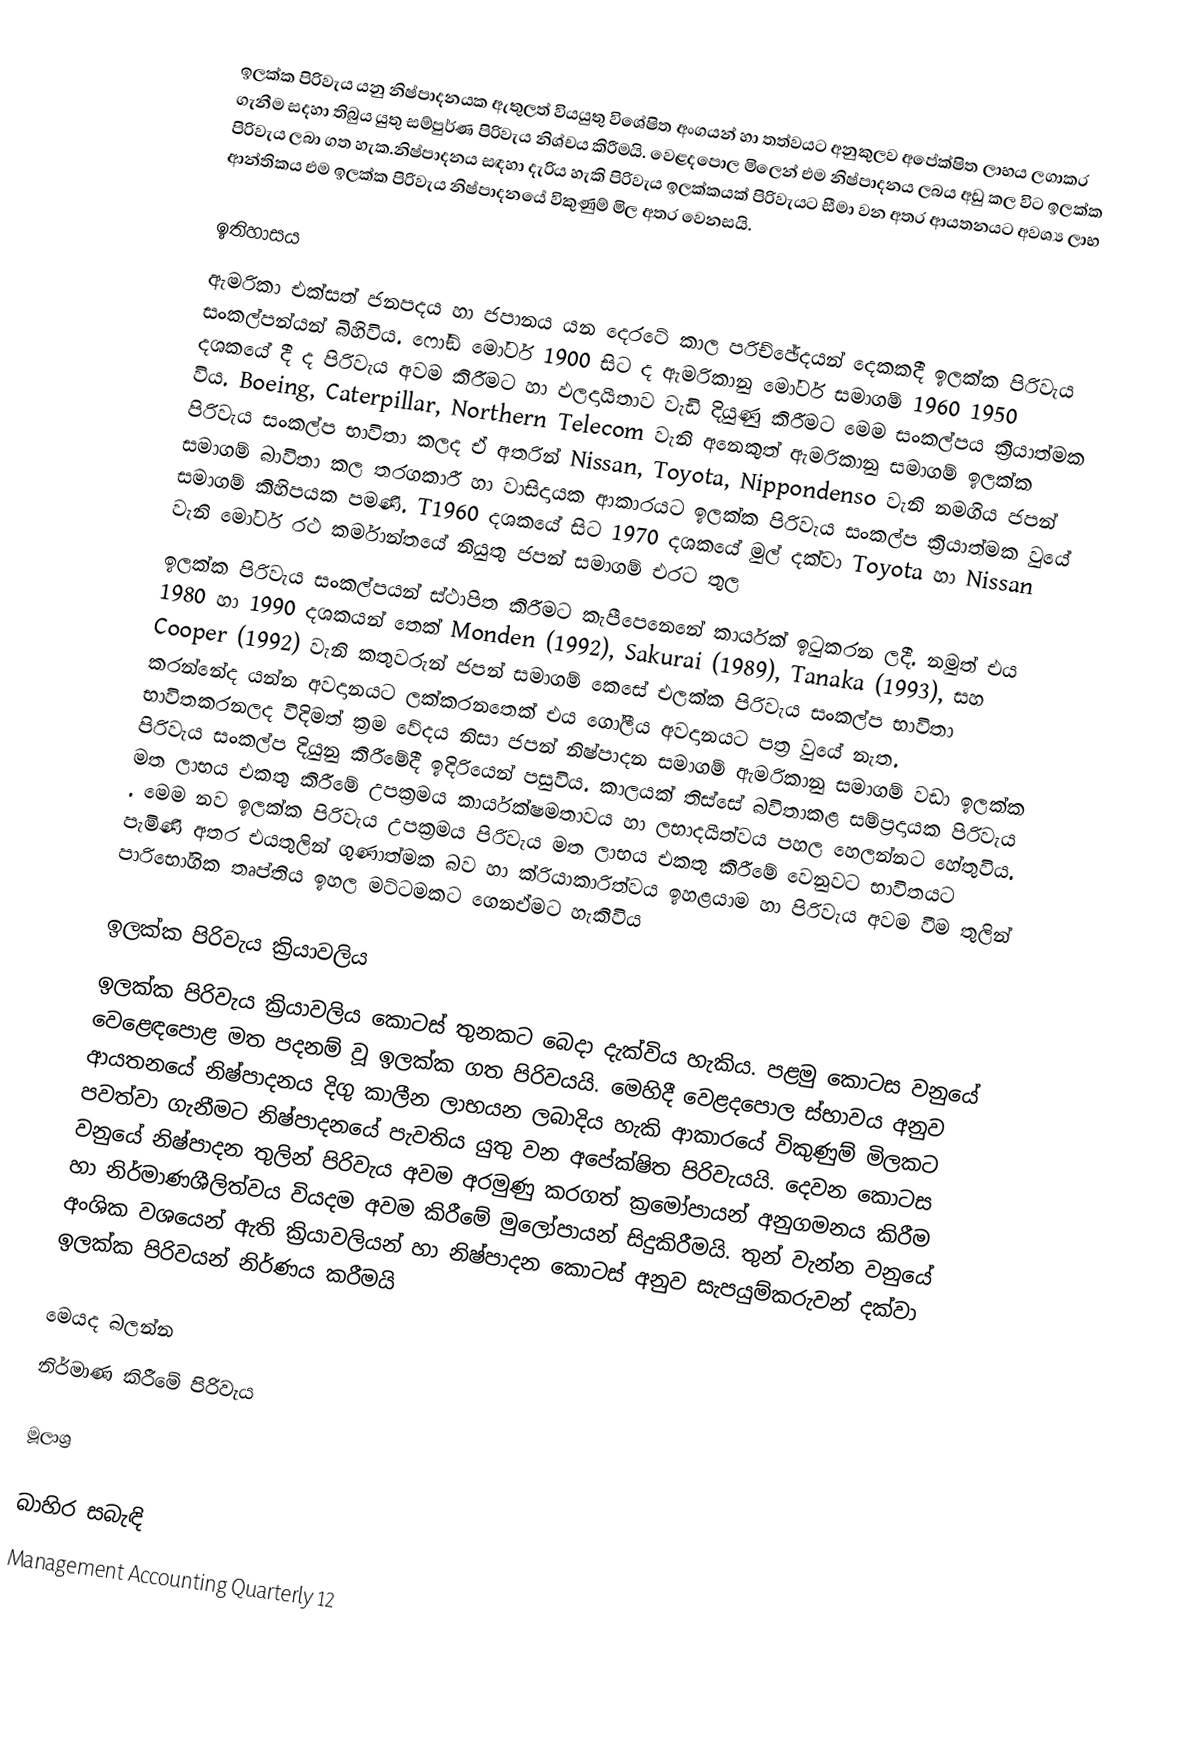
ඉලක්ක පිරිවැය යනු නිෂ්පාදනයක ඇතුලත් වියයුතු විශේෂිත අංගයන් හා තත්වයට අනුකුලව අපේක්ෂිත ලාභය ලගාකර ගැනීම සදහා තිබුය යුතු සම්පුර්ණ පිරිවැය නිශ්චය කිරීමයි. වෙළදපොල මිලෙන් එම නිෂ්පාදනය ලබය අඩු කල විට ඉලක්ක පිරිවැය ලබා ගත හැක.නිෂ්පාදනය සඳහා දැරිය හැකි පිරිවැය ඉලක්කයක් පිරිවැයට සීමා වන අතර ආයතනයට අවශ්‍ය ලාභ ආන්තිකය එම ඉලක්ක පිරිවැය නිෂ්පාදනයේ විකුණුම් මිල  අතර වෙනසයි.

ඉතිහාසය
ඇමරිකා එක්සත් ජනපදය හා ජපානය යන දෙරටේ කාල පරිච්ඡේදයන් දෙකකදී ඉලක්ක පිරිවැය සංකල්පන්යන් බිහිවිය.  ෆෝඞ් මෝටර් 1900 සිට ද ඇමරිකානු මෝටර්  සමාගම් 1960 1950 දශකයේ දී ද  පිරිවැය අවම කිරීමට හා ඵලදායීතාව වැඩි දියුණු කිරීමට මෙම සංකල්පය ක්‍රියාත්මක විය.   Boeing, Caterpillar, Northern Telecom වැනි අනෙකුත් ඇමරිකානු සමාගම්  ඉලක්ක පිරිවැය සංකල්ප භාවිතා කලද ඒ අතරින් Nissan, Toyota, Nippondenso වැනි නමගිය ජපන් සමාගම් බාවිතා කල තරගකාරී හා වාසිදායක ආකාරයට ඉලක්ක පිරිවැය සංකල්ප ක්‍රියාත්මක වුයේ  සමාගම් කිහිපයක  පමණි. T1960 දශකයේ සිට 1970 දශකයේ මුල් දක්වා Toyota හා  Nissan වැනි මෝටර් රථ කර්මාන්තයේ නියුතු ජපන් සමාගම් එරට තුල
ඉලක්ක පිරිවැය සංකල්පයන් ස්ථාපිත කිරීමට කැපීපෙනෙනේ කාර්යක් ඉටුකරන ලදී. නමුත් එය 1980 හා 1990 දශකයන් තෙක්  Monden (1992), Sakurai (1989), Tanaka (1993), සහ  Cooper (1992) වැනි කතුවරුන් ජපන් සමාගම් කෙසේ එලක්ක පිරිවැය සංකල්ප භාවිතා කරන්නේද යන්න අවදානයට ලක්කරනතෙක්  එය ගෝලීය අවදානයට පත්‍ර වුයේ නැත. භාවිතකරනලද විදිමත් ක්‍රම වේදය නිසා ජපන් නිෂ්පාදන සමාගම් ඇමරිකානු සමාගම් වඩා ඉලක්ක පිරිවැය සංකල්ප දියුනු කිරීමේදී  ඉදිරියෙන්  පසුවිය.  කාලයක් තිස්සේ බවිතාකළ සම්ප්‍රදායක පිරිවැය  මත ලාභය එකතු කිරීමේ උපක්‍රමය කාර්යක්ෂමතාවය හා ලභාදයීත්වය පහල හෙලන්නට හේතුවිය. . මෙම නව ඉලක්ක පිරිවැය උපක්‍රමය පිරිවැය  මත ලාභය එකතු කිරීමේ වෙනුවට භාවිතයට පැමිණි  අතර එයතුලින් ගුණාත්මක බව හා ක්රියාකාරිත්වය ඉහළයාම හා පිරිවැය අවම වීම තුලින් පාරිභෝගික තෘප්තිය ඉහල මට්ටමකට ගෙනඒමට හැකිවිය

ඉලක්ක පිරිවැය ක්‍රියාවලිය
ඉලක්ක පිරිවැය ක්‍රියාවලිය කොටස් තුනකට බෙදා දැක්විය හැකිය. පළමු කොටස වනුයේ වෙළෙඳපොළ මත පදනම් වූ ඉලක්ක ගත පිරිවයයි. මෙහිදී වෙළදපොල ස්භාවය අනුව ආයතනයේ නිෂ්පාදනය දිගු කාලීන ලාභයන ලබාදිය හැකි ආකාරයේ විකුණුම් මිලකට පවත්වා ගැනීමට නිෂ්පාදනයේ පැවතිය යුතු වන අපේක්ෂිත  පිරිවැයයි. දෙවන කොටස වනුයේ නිෂ්පාදන  තුලින් පිරිවැය අවම අරමුණු කරගත් ක්‍රමෝපායන්  අනුගමනය කිරීම හා නිර්මාණශීලිත්වය වියදම අවම කිරීමේ මුලෝපායන් සිදුකිරීමයි. තුන් වැන්න වනුයේ අංශික වශයෙන් ඇති ක්‍රියාවලියන් හා නිෂ්පාදන කොටස් අනුව සැපයුම්කරුවන්  දක්වා ඉලක්ක පිරිවයන් නිර්ණය කරීමයි

මෙයද බලන්න
 නිර්මාණ කිරීමේ පිරිවැය

මූලාශ්‍ර

බාහිර සබැඳි
 Management Accounting Quarterly 12